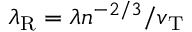
\lambda _ { \mathrm { R } } = \lambda n ^ { - 2 / 3 } / v _ { \mathrm { T } }